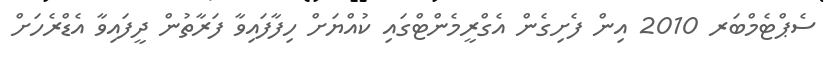
ސެޕްޓެމްބަރ 2010 އިން ފެށިގެން އެގްރީމެންޓްގައި ކުއްޔަށް ހިފާފައިވާ ފަރާތުން ދީފައިވާ އެޑްރެހަށް